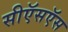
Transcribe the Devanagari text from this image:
सीऍसऍस